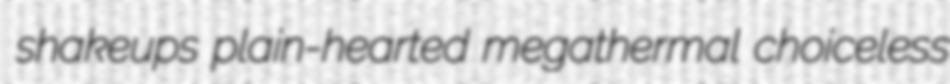
shakeups plain-hearted megathermal choiceless